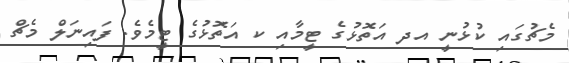
މެޗުގައި ކުޅުނީ އދ އަތޮޅުގެ ޓީމާއި ކ އަތޮޅުގެ ޓީމެވެ. ފައިނަލް މެޗް